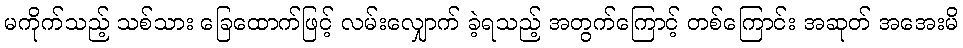
မကိုက်သည့် သစ်သား ခြေထောက်ဖြင့် လမ်းလျှောက် ခဲ့ရသည့် အတွက်ကြောင့် တစ်ကြောင်း အဆုတ် အအေးမိ